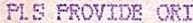
PLS PROVIDE ORI